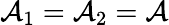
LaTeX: \mathcal{A}_{1}=\mathcal{A}_{2}=\mathcal{A}